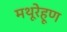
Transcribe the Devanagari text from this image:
मथूरेहूण